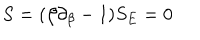
S = ( \beta \partial _ { \beta } - 1 ) S _ { E } = 0